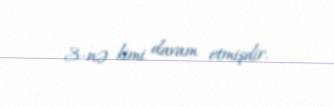
3-nə kimi davam etmişdir.